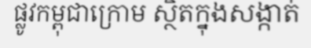
ផ្លូវកម្ពុជាក្រោម ស្ថិតក្នុងសង្កាត់